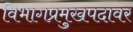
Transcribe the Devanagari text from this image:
विभागप्रमुखपदावर